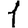
Digit: 1